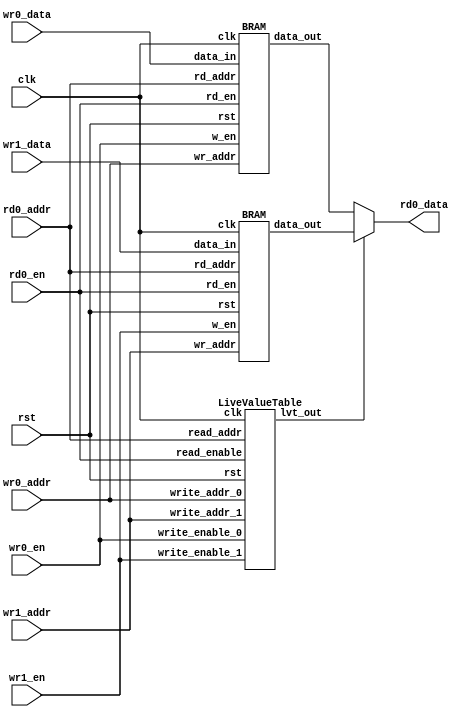
module lvt_bram (
    input wire [6:0] wr0_addr, wr1_addr,
    input wire [31:0] wr0_data, wr1_data,
    input wire [6:0] rd0_addr,
    output wire [31:0] rd0_data,
    input wire clk,
    input wire rst, // Reset input
    input wire wr0_en,
    input wire wr1_en,
    input wire rd0_en
);

// Wire Declarations
wire [31:0] temp_rd0;
wire [31:0] temp_rd1;
wire lvt_out;

// Instantiate the LVT module
LiveValueTable L1 (
    .clk(clk),
    .rst(rst),
    .write_addr_0(wr0_addr),
    .write_addr_1(wr1_addr),
    .write_enable_0(wr0_en),
    .write_enable_1(wr1_en),
    .read_addr(rd0_addr),
    .read_enable(rd0_en),
    .lvt_out(lvt_out)
);

// Instantiating BRAM modules
BRAM B0 (.clk(clk), .rst(rst), .w_en(wr0_en), .rd_en(rd0_en),.wr_addr(wr0_addr),.rd_addr(rd0_addr), .data_in(wr0_data), .data_out(temp_rd0));
BRAM B1 (.clk(clk), .rst(rst), .w_en(wr1_en), .rd_en(rd0_en),.wr_addr(wr1_addr), .rd_addr(rd0_addr), .data_in(wr1_data), .data_out(temp_rd1));

// Assign output data based on LVT selection
assign rd0_data = lvt_out ? temp_rd1 : temp_rd0;

endmodule

module LiveValueTable (
    input wire clk,
    input wire rst,
    input wire [6:0] write_addr_0,
    input wire [6:0] write_addr_1,
    input wire write_enable_0,
    input wire write_enable_1,
    input wire [6:0] read_addr,
    input wire read_enable,
    output reg lvt_out
);

parameter ADDR_WIDTH = 7; // Adjust this according to your memory address width

reg [1:0] lvt_memory [0:(2**ADDR_WIDTH)-1];
integer i;
// Sequential block for LVT memory updates
always @(posedge clk or posedge rst) begin
    if (rst) begin
        // Reset LVT memory to 0
        for (i=0; i < (2**ADDR_WIDTH); i = i + 1) begin
            lvt_memory[i] <= 2'b00;
        end
    end else begin
        // Update LVT memory based on write operations
        if (write_enable_0) begin
            lvt_memory[write_addr_0] <= 2'b00; // Update entry for write_addr_0 to 0
        end
        if (write_enable_1) begin
            lvt_memory[write_addr_1] <= 2'b01; // Update entry for write_addr_1 to 1
        end
    end
end

// Sequential block for LVT output generation
always @(posedge clk or posedge rst) begin
    if (rst) begin
        lvt_out <= 1'b0; // Reset output on reset
    end else begin
        if (read_enable) begin
            lvt_out <= (lvt_memory[read_addr] == 2'b00) ? 1'b0 : 1'b1; // Select data based on LVT entry
        end
    end
end

endmodule

module BRAM (
    input wire clk,
    input wire rst,
    input wire w_en,
    input wire rd_en,
    input wire [6:0] wr_addr,
    input wire [6:0] rd_addr,
    input wire [31:0] data_in,
    output reg [31:0] data_out
);

// Internal memory
reg [6:0] ram [0:127];
integer i;
// Sequential block for BRAM operations
always @(posedge clk) begin
    if (rst) begin
        // Reset the memory on reset     
        for (i = 0; i < 128; i = i+1) begin
            ram[i] <= 7'b0;
       end
    end else begin
        // Write operation
        if (w_en) begin
            ram[wr_addr] <= data_in;
        end 
        else if(rd_en) begin
        // Read operation
        data_out <= ram[rd_addr];
        end
        else begin
            data_out<=32'b0;
         end
    end
end
endmodule